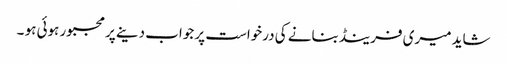
شاید میری فرینڈبنانے کی درخواست پر جواب دینے پر مجبور ہوئی ہو ۔